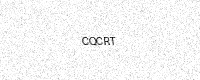
Text: CQCRT